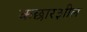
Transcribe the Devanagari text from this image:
कछार३ाील